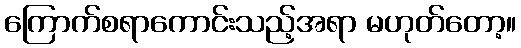
ကြောက်စရာကောင်းသည့်အရာ မဟုတ်တော့။